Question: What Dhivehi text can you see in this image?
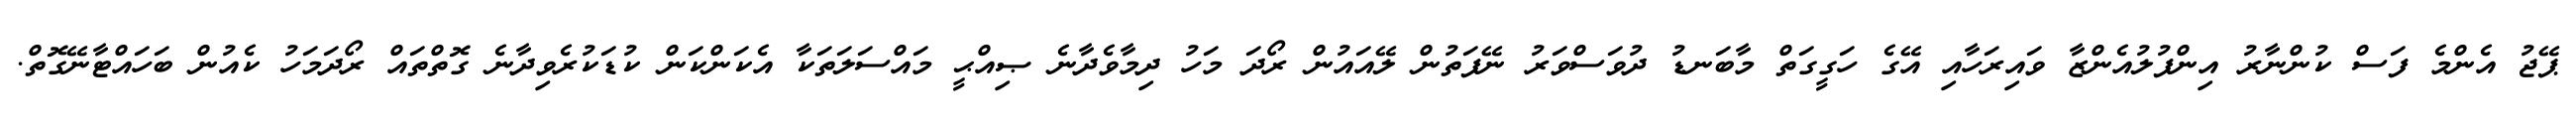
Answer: ޕޭޖު އެންމެ ފަސް ކުންނާރު އިންފުލުއެންޒާ ވައިރަހާއި އޭގެ ހަގީގަތް މާބަނޑު ދުވަސްވަރު ނޭފަތުން ލޭއައުން ރޯދަ މަހު ދިމާވެދާނެ ޞިއްޙީ މައްސަލަތަކާ އެކަންކަން ކުޑަކުރެވިދާނެ ގޮތްތައް ރޯދަމަހު ކެއުން ބަހައްޓާނޭގޮތް.